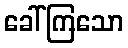
ခေါ်ကြသော